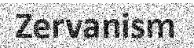
Zervanism